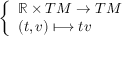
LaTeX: \left\{ \begin{array} { l l } { \mathbb { R } \times T M \to T M } \\ { ( t , v ) \longmapsto t v } \end{array} \right.